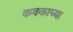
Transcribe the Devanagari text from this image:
कवकाच्या